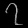
Digit: ၇